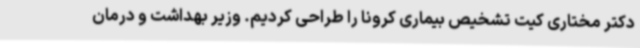
دکتر مختاری کیت تشخیص بیماری کرونا را طراحی کردیم. وزیر بهداشت و درمان